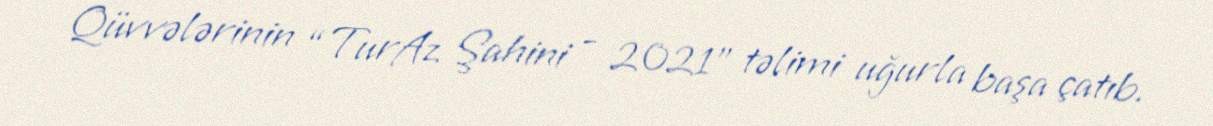
Qüvvələrinin “TurAz Şahini - 2021” təlimi uğurla başa çatıb.